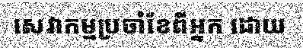
សេវាកម្មប្រចាំខែពីអ្នក ដោយ